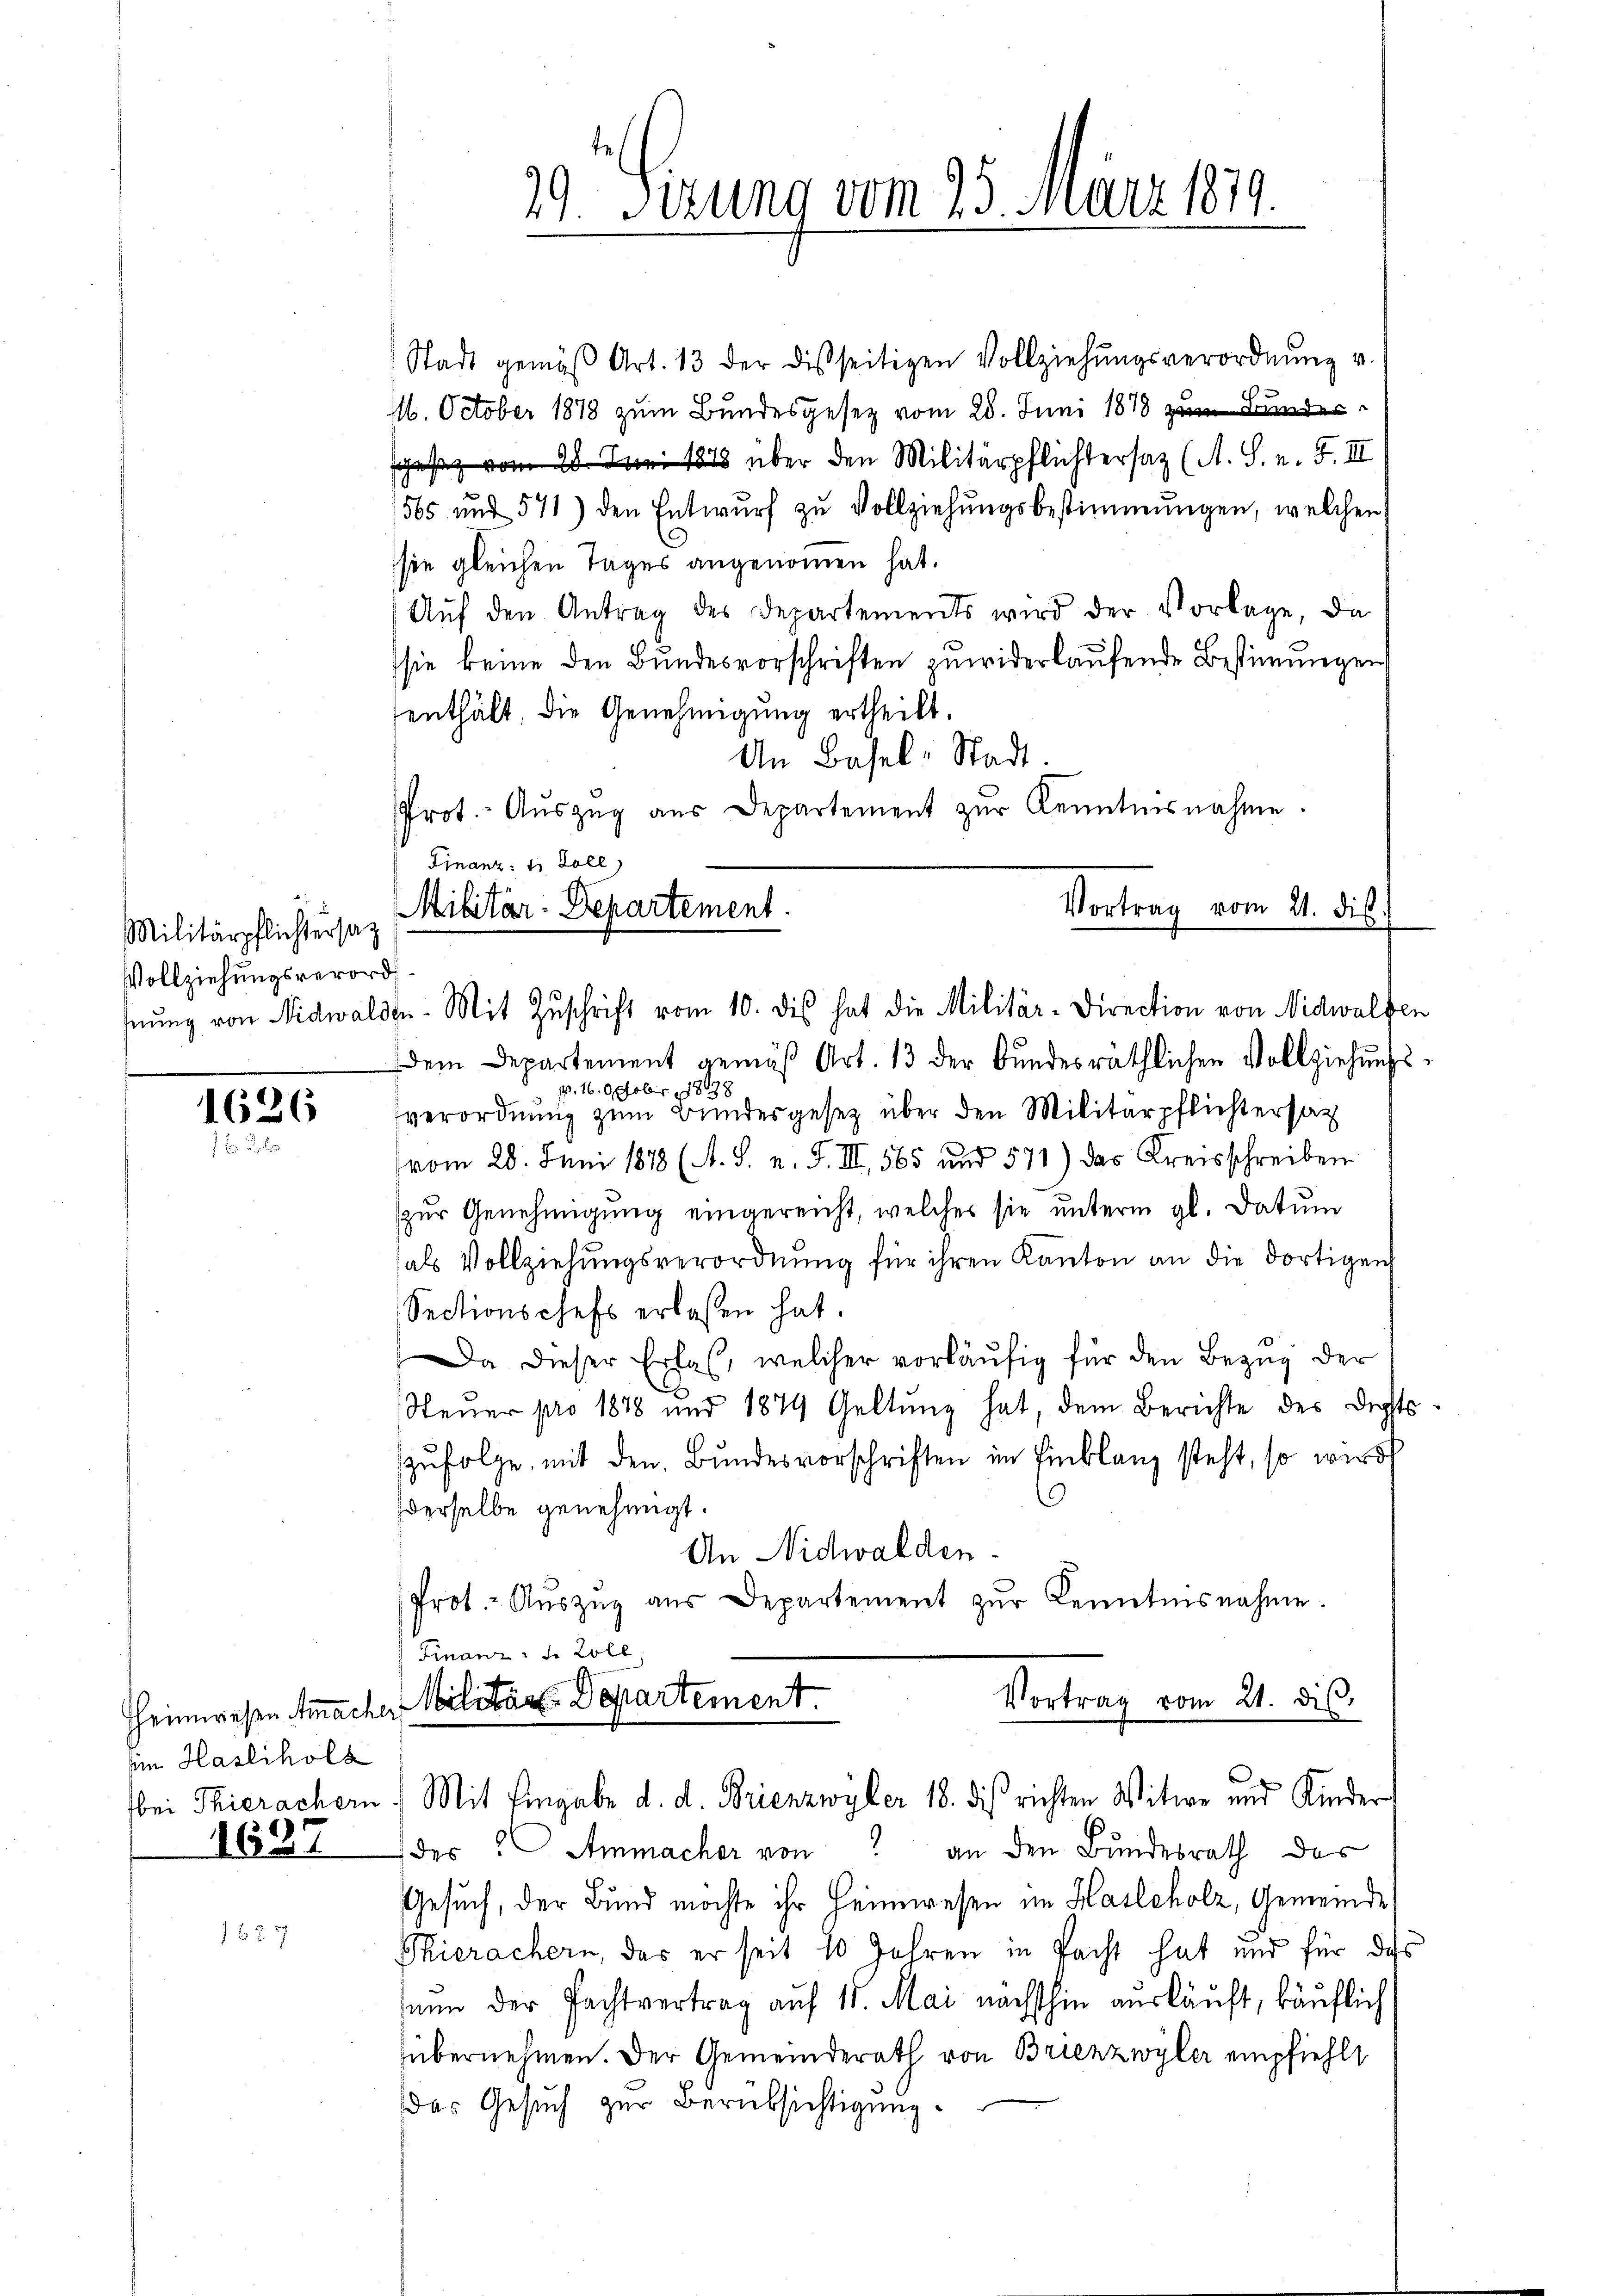
Vollziehungsverord

1626
1 f 0 x

Heimwesen macht
vin Haslihols
bei Thierachern

1637

1627

29. Sizung vom 25. März 1879.

Stadt gemäβ Art. 13 der disseitigen Vollziehŭngsverordnŭng v.
1. October 1878 zum Bundesgesetz vom 28. Juni 1878 zu Bundersches vom 28. Juni 1848 über den Militärpflichtersaz (A. S. n. F. III
565 und 571) den Entwŭrf zu Vollziehŭngsbestimmungen, welchen
sie gleichen Tages angenommen hat.
Aŭf den Antrag des Departements wird der Vorlage, da
sie keine den Bundesvorschriften zuwiderlaufende Bestimmungen
senthält, die Genehmigung ertheilt.
An Basel-Stadt.
Prot. Aŭszŭg aŭs Departement zŭr Kenntnisnahme.
Finanz: die Zoll)
Vortrag vom 21. di
Militärpflichtersag Militär-Departement.

hnŭng von Nidwalden. Mit Zŭschrift vom 10. des hat die Militär-Direction von Nidwalden

dem Departement gemäß Art. 13 der Bundesräthlichen Vollziehungsp. 16. Oktober 18178
verordnung zum Bundesgesetz über den Militärpflichtersatz
vom 28. Juni 1878 (A. S. v. J. III, 565 und 571) das Kreisschreiben
zur Genehmigung eingereicht, welches sie unterm gl. datum
als Vollziehungsverordnung für ihren Kanton an die dortigen
Sectionschefs erlassen hat.
Da dieser Erlas, welcher vorläŭfig für den Bezug der
Steŭer pro 1878 und 1879 Geltung hat, dem Berichte des Dichts
zŭfolge mit den Bundesvorschriften im Einklanz steht, so wird
C
derselbe genehmigt.
An Nidwalden.
Prot.- Aŭszŭg aŭs Departement zŭr Kenntnisnahme.
Finanz, so woll
Militär-Departement.
Vortrag vom 21. dis
Mit Eingabe d. d. Brienzwyler 18. dis richten Witwe und Kinder
des Ammacher von an den Bundesrath des
Gesuch, der Bund möchte ihr Heimwesen im Hasleholz, Gemeinde
Phierachern, das er seit 10 Jahren in Pacht hat und für das
nun der Pachtvertrag auf 15. Mai nächsthin ausläuft, käuflich
übernehmen. Der Gemeinderath von Brienzwyler empfiehlt
Das Gesuch zur Berüksichtigung.

s